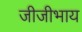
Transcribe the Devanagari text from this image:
जीजीभाय